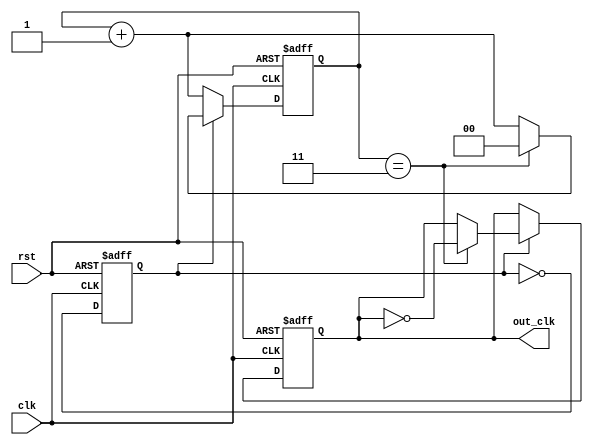
module dual_modulus_clock_divider (
    input wire clk,
    input wire rst,
    output reg out_clk
);

reg [1:0] count;
reg toggle;

parameter M = 3; // Modulus value

always @ (posedge clk or posedge rst) begin
    if (rst) begin
        count <= 2'b00;
        toggle <= 1'b0;
        out_clk <= 1'b0;
    end else begin
        if (toggle) begin
            if (count == M) begin
                count <= 2'b00;
                out_clk <= ~out_clk;
            end else begin
                count <= count + 2'b01;
            end
        end else begin
            if (count == M+1) begin
                count <= 2'b00;
                out_clk <= ~out_clk;
            end else begin
                count <= count + 2'b01;
            end
        end
        
        toggle <= ~toggle;
    end
end

endmodule